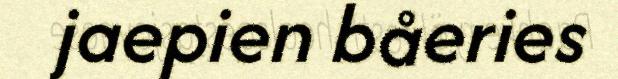
jaepien båeries